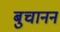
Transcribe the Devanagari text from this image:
बुचानन